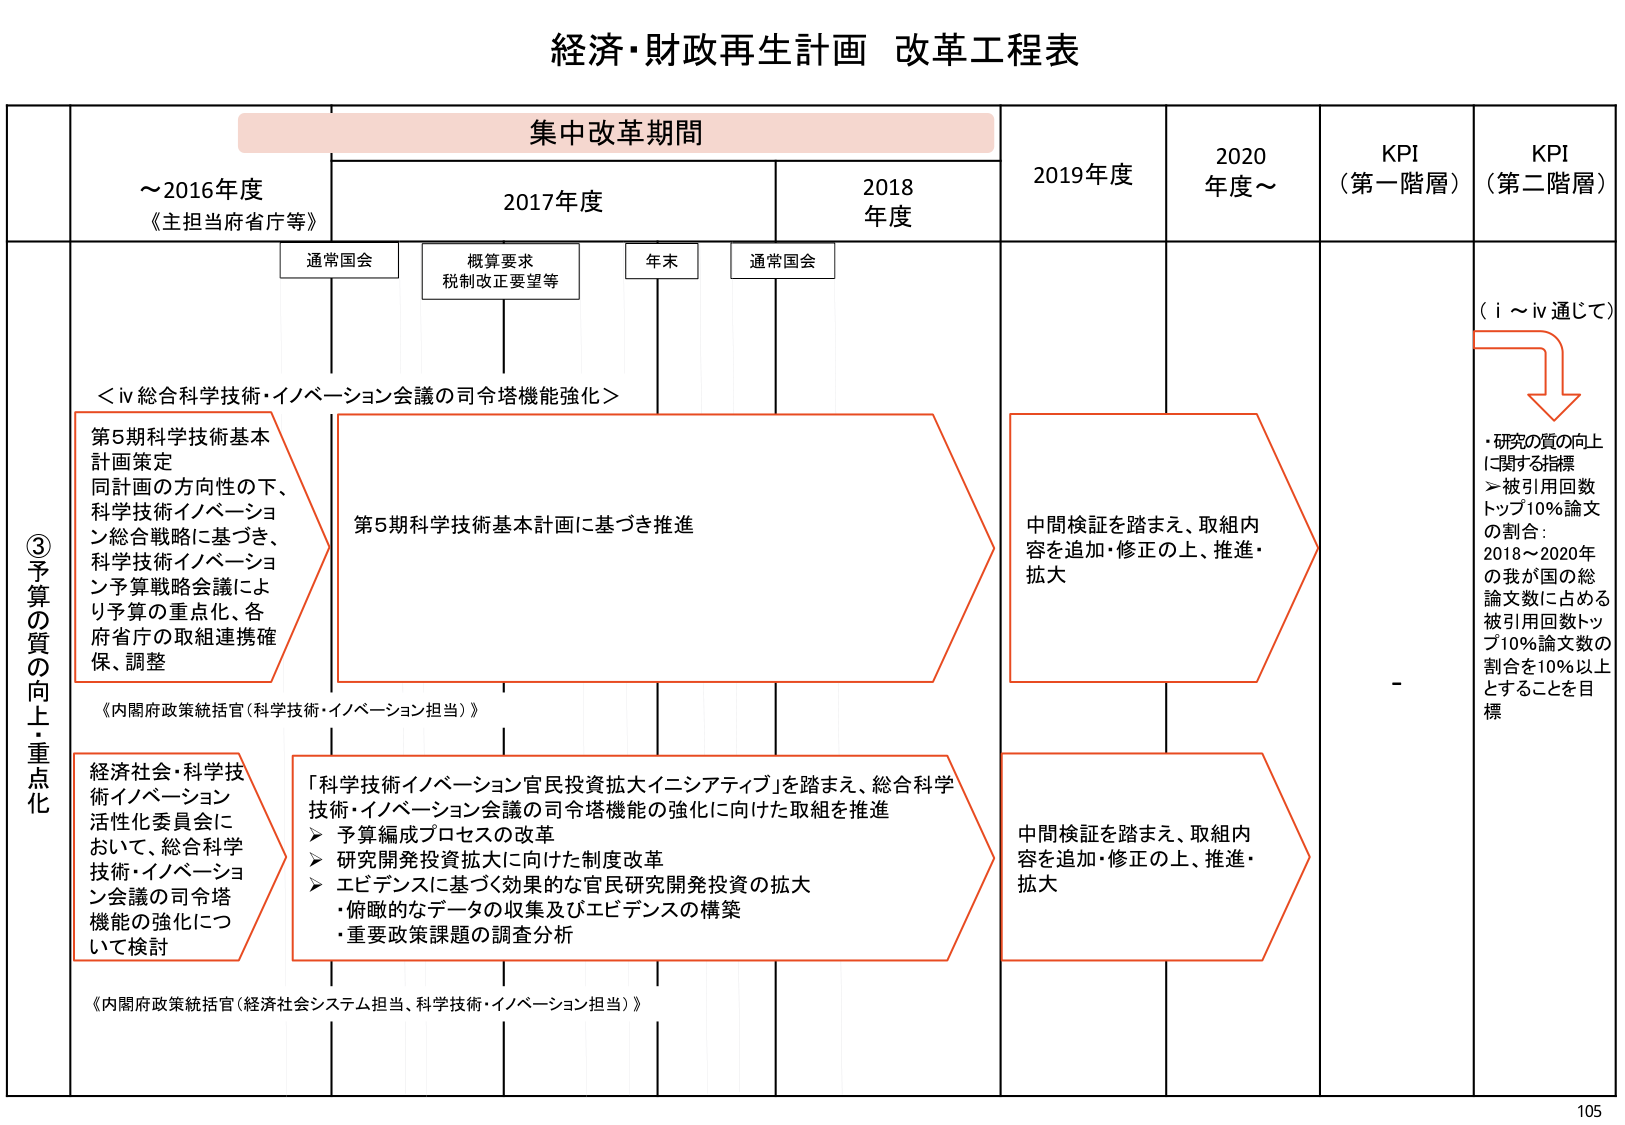
経済・財政再生計画 改革工程表

集中改革期間

～2016年度
《主担当府省庁等》

2017年度
通常国会
概算要求
税制改正要望等
年末
通常国会

2018年度

2019年度

2020年度～

KPI
（第一階層）

KPI
（第二階層）

③予算の質の向上・重点化

＜iv 総合科学技術・イノベーション会議の司令塔機能強化＞

第5期科学技術基本計画策定
同計画の方向性の下、
科学技術イノベーション総合戦略に基づき、
科学技術イノベーション予算戦略会議により
予算の重点化、各府省庁の取組連携確保、調整

《内閣府政策統括官（科学技術・イノベーション担当）》

第5期科学技術基本計画に基づき推進

中間検証を踏まえ、取組内容を追加・修正の上、推進・拡大

経済社会・科学技術イノベーション活性化委員会において、総合科学技術・イノベーション会議の司令塔機能の強化について検討

「科学技術イノベーション官民投資拡大イニシアティブ」を踏まえ、総合科学技術・イノベーション会議の司令塔機能の強化に向けた取組を推進
➤ 予算編成プロセスの改革
➤ 研究開発投資拡大に向けた制度改革
➤ エビデンスに基づく効果的な官民研究開発投資の拡大
・俯瞰的なデータの収集及びエビデンスの構築
・重要政策課題の調査分析

《内閣府政策統括官（経済社会システム担当、科学技術・イノベーション担当）》

中間検証を踏まえ、取組内容を追加・修正の上、推進・拡大

（i～iv通じて）
→
・研究の質の向上に関する指標
➤ 被引用回数トップ10%論文の割合：
2018～2020年の我が国の総論文数に占める被引用回数トップ10%論文数の割合を10%以上とすることを目標

105